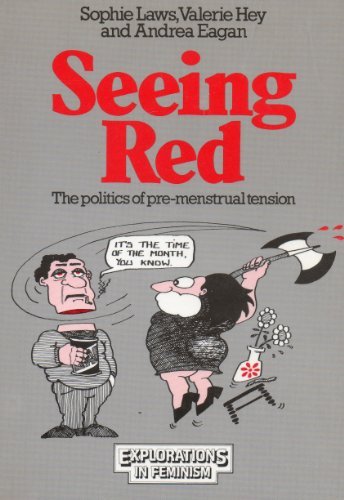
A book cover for Seeing Red: The Politics of Pre-Menstrual Tension (Explorations in Feminism); Sophie Laws; Health, Fitness & Dieting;